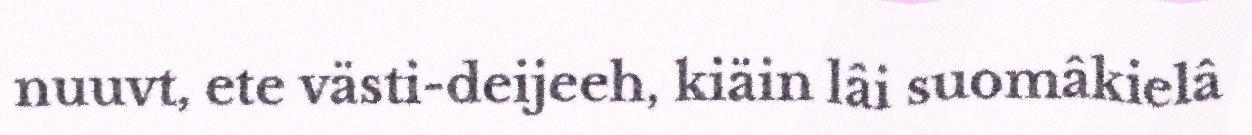
nuuvt, ete västi-deijeeh, kiäin lâi suomâkielâ